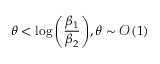
\theta < \log { \left( \frac { \beta _ { 1 } } { \beta _ { 2 } } \right) } , \theta \sim \mathcal { O } ( 1 )